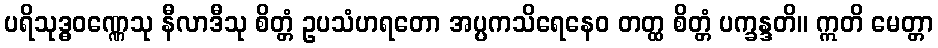
ပရိသုဒ္ဓဝဏ္ဏေသု နီလာဒီသု စိတ္တံ ဥပသံဟရတော အပ္ပကသိရေနေဝ တတ္ထ စိတ္တံ ပက္ခန္ဒတိ။ ဣတိ မေတ္တာ